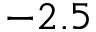
- 2 . 5